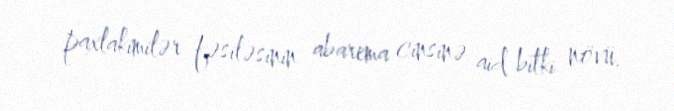
paxlakimilər fəsiləsinin abarema cinsinə aid bitki növü.